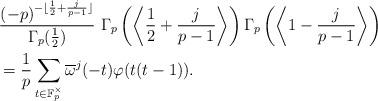
LaTeX: \begin{align*}&\frac{(-p)^{-\lfloor\frac{1}{2}+\frac{j}{p-1}\rfloor}}{\Gamma_p(\frac{1}{2})}~\Gamma_p\left(\left\langle\frac{1}{2}+\frac{j}{p-1}\right\rangle\right)\Gamma_p\left(\left\langle1-\frac{j}{p-1}\right\rangle\right)\\&=\frac{1}{p}\sum_{t\in\mathbb{F}_p^\times}\overline{\omega}^j(-t)\varphi(t(t-1)).\end{align*}